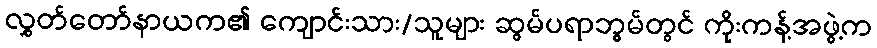
လွှတ်တော်နာယက၏ ကျောင်းသား/သူများ ဆွမ်ပရာဘွမ်တွင် ကိုးကန့်အဖွဲ့က